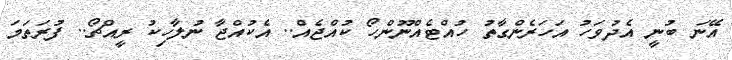
އޭނަ ބުނީ އެދުވަހު އަހަރެންގާތު ހުއްޓެއްނޫންހޯ ކުއްޖެއް.. އެކުއްޖާ ނުލާހިކު ރީއްޗޯ.. ފުރަތަމަ